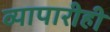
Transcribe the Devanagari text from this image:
व्यापारीही